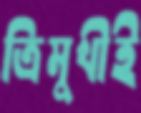
ত্রিমুখীই